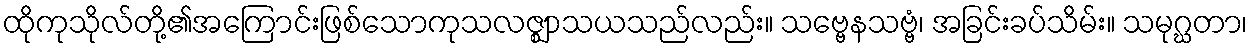
ထိုကုသိုလ်တို့၏အကြောင်းဖြစ်သောကုသလဇ္ဈာသယသည်လည်း။ သဗ္ဗေနသဗ္ဗံ၊ အခြင်းခပ်သိမ်း။ သမုဂ္ဃတာ၊